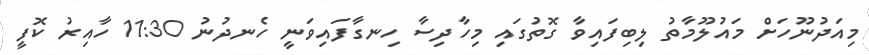
މިއަދުނޫހަށް މައުލޫމާތު ލިބިފައިވާ ގޮތުގައި މިހާދިސާ ހިނގާފައިވަނީ ހެނދުނު 11:30 ހާއިރު ކޮފީ